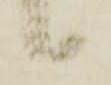
候